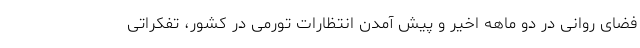
فضای روانی در دو ماهه اخیر و پیش آمدن انتظارات تورمی در کشور، تفکراتی